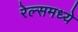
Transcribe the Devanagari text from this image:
रेल्समध्ये